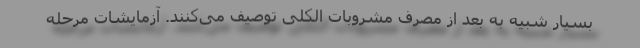
بسیار شبیه به بعد از مصرف مشروبات الکلی توصیف می‌کنند. آزمایشات مرحله